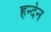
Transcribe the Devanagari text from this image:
हर्न्देन